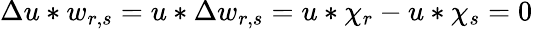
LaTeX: \Delta u*w_{r,s}=u*\Delta w_{r,s}=u*\chi_{r}-u*\chi_{s}=0